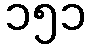
၁၅၁